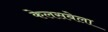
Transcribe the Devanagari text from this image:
केलसबेला